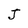
Character: J